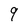
Character: 9